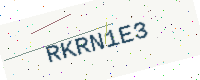
Text: RKRN1E3